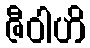
ဇီဝါဟိ